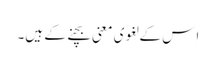
اِس کے لغوی معنی بچنے کے ہیں۔